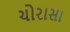
ચોરાસા